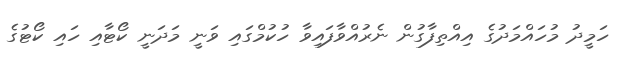
ހަމީދު މުހައްމަދުގެ އިއްތިފާގުން ނެރުއްވާފައިވާ ހުކުމްގައި ވަނީ މަދަނީ ކޯޓާއި ހައި ކޯޓުގެ